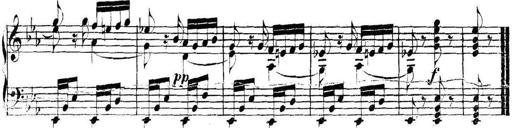
Title: Collected Piano Sonatas
Composer: Muzio Clementi